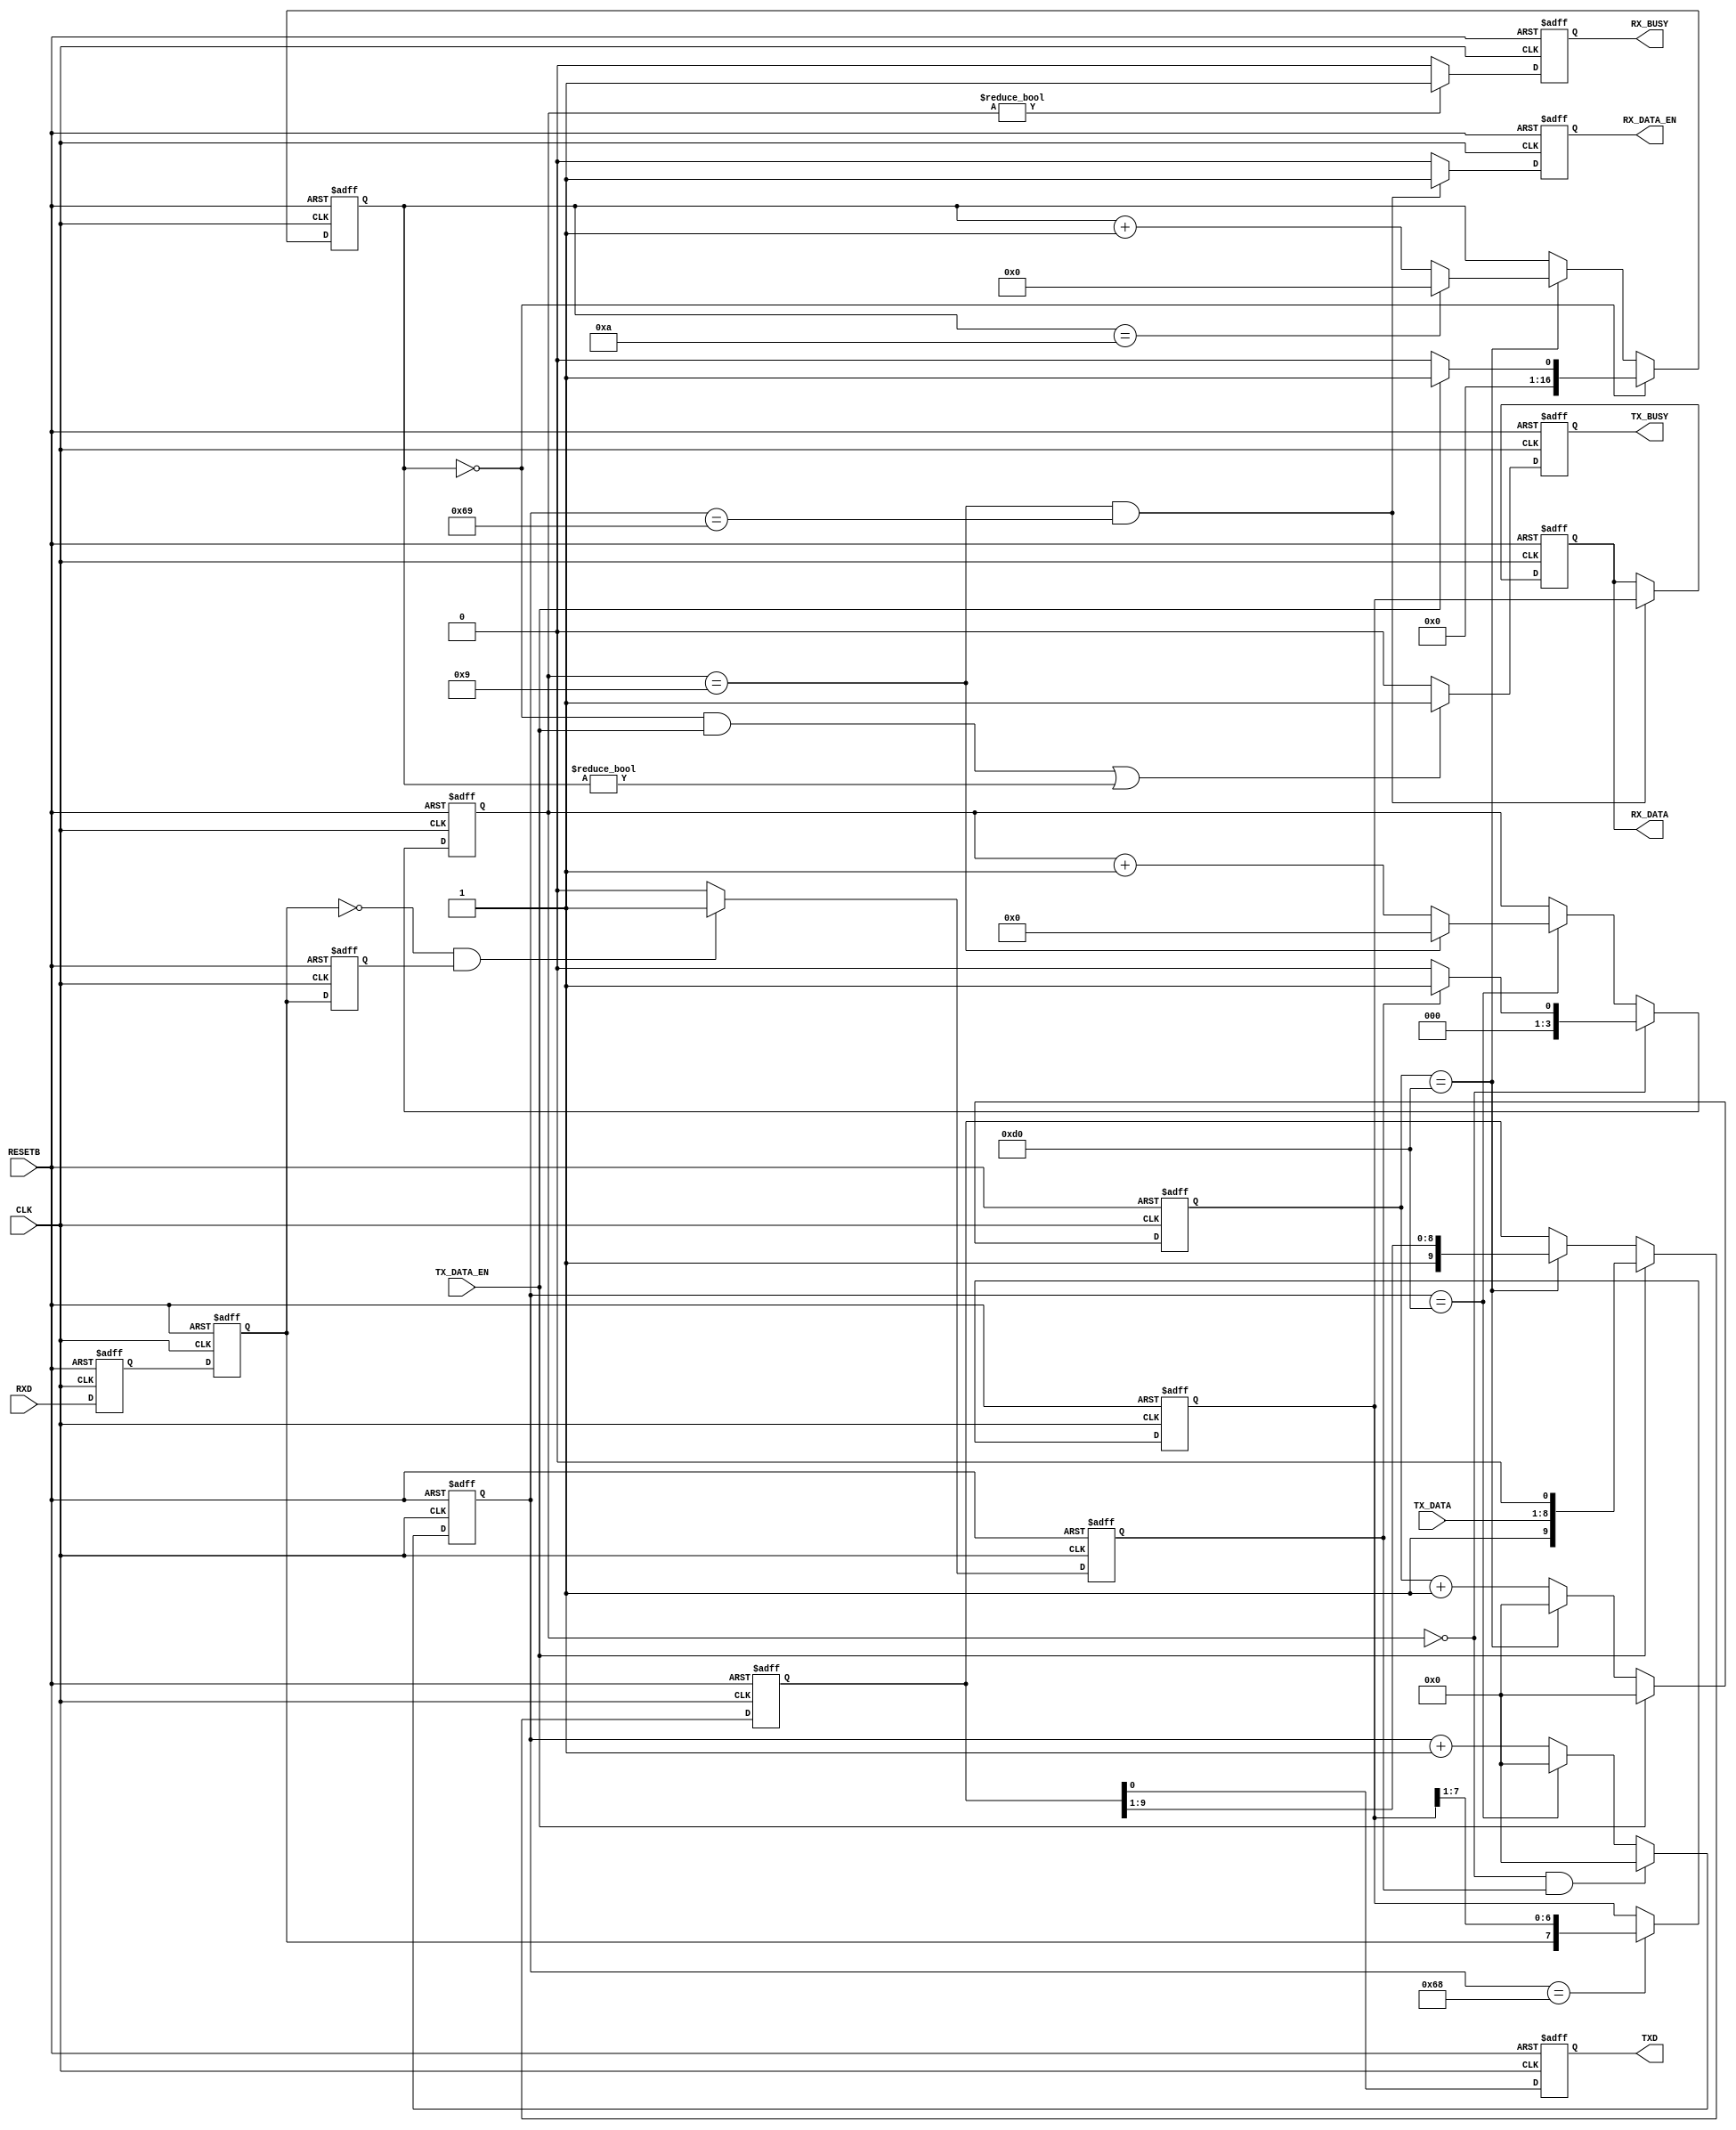
// 
// 
// http://www.hmwr-lsi.co.jp   
// fpga@hmwr-lsi.co.jp
// History
// -.-- 2010/8/27
//******************************************************************************
module rs232c_tx_rx(
	RESETB, 
	CLK, // 25MHz
	TXD,
	RXD,
	TX_DATA,
	TX_DATA_EN,
	TX_BUSY,
	RX_DATA,
	RX_DATA_EN,
	RX_BUSY);
//            PIN NAME         description        
input         RESETB;         // power on reset    
input		  CLK;				// main clk          
//                                      
output        TXD;            //serial tx data    
input         RXD;            //serial rx data
input    [7:0]TX_DATA;        //tx data 8bit
input         TX_DATA_EN;         //tx commond
output        TX_BUSY;        //tx busy
output   [7:0]RX_DATA;        //rx data 8bit
output        RX_DATA_EN;     //rx data enable
output        RX_BUSY;        //rx busy
//
        
parameter       p_bit_end_count    =12'd208; // 115.2Kbps clk=24MHz
//parameter       p_bit_end_count    =12'd124; // 115.2Kbps clk=14.328MHz
//parameter       p_bit_end_count    =12'd216; // 115.2Kbps clk=25.0MHz
   
reg        TXD;         //serial tx data   
reg        TX_BUSY;        //tx busy
reg   [7:0]RX_DATA;        //rx data 8bit
reg        RX_DATA_EN;     //rx data enable 
reg        RX_BUSY;        //Rx busy
//
   reg  [11:0]   tx_time_cnt;  //1bit clks counter
   reg  [11:0]   rx_time_cnt;  //1bit clks counter
//
   reg           rxd_d1;
   reg           rxd_d2;
   reg           rxd_d3;
   reg           rxd_chg;
   reg [3:0]     rx_data_cnt;
   reg [16:0]     tx_data_cnt;
   reg [9:0]    txd_tmp;
   reg [7:0]     rx_data_tmp;
   
//
//  
//
//1bit   
always @(posedge CLK or negedge RESETB) begin
  if (RESETB==1'b0)
     tx_time_cnt <= 12'd0;
  else
    if (TX_DATA_EN==1'b1)
      tx_time_cnt <= 12'd0;
    else if (tx_time_cnt == p_bit_end_count )
      tx_time_cnt <= 12'd0;
    else
      tx_time_cnt <=  tx_time_cnt +12'd1;
end   
//
//      
//  bit
always @(posedge CLK or negedge RESETB) begin
  if (RESETB==1'b0)
     tx_data_cnt <= 17'd0 ;
  else
    if(tx_data_cnt == 17'd0) 
      if (TX_DATA_EN==1'b1)
        tx_data_cnt <= 17'd1 ;
      else
        tx_data_cnt <= 17'd0 ;
    else if (tx_time_cnt == p_bit_end_count )
      if (tx_data_cnt == (17'd10) )
        tx_data_cnt <= 17'd0 ;
      else  
        tx_data_cnt <=   tx_data_cnt + 17'd1;
    else
       tx_data_cnt <=   tx_data_cnt ;
end     
//
// 
// 
always @(posedge CLK or negedge RESETB) begin
  if (RESETB==1'b0)
    txd_tmp <= 10'h3ff;
  else
    if (TX_DATA_EN==1'b1)
      txd_tmp <= {1'b1,TX_DATA,1'b0};       
    else if (tx_time_cnt == p_bit_end_count )     
      txd_tmp <= {1'b1,txd_tmp[9:1]} ; 
    else
      txd_tmp <= txd_tmp ;
end          

//
// 
//     
always @(posedge CLK or negedge RESETB) begin
  if (RESETB==1'b0)
    TXD <= 1'b1 ;
  else
    TXD <= txd_tmp[0];
end

//
// 
//    
always @(posedge CLK or negedge RESETB) begin
  if (RESETB==1'b0)
    TX_BUSY <= 1'b0 ;
  else
    if (((tx_data_cnt == 4'd0)&&(TX_DATA_EN==1'b1))||(tx_data_cnt != 4'd0))
      TX_BUSY <= 1'b1 ;
    else
      TX_BUSY <= 1'b0 ;
end

//    
//
//
   
//1bit   
always @(posedge CLK or negedge RESETB) begin
  if (RESETB==1'b0)
     rx_time_cnt <= 12'd0;
  else
    if ((rx_data_cnt == 4'd0)&&(rxd_chg==1'b1))
      rx_time_cnt <= 12'd0;
    else if (rx_time_cnt == p_bit_end_count )
      rx_time_cnt <= 12'd0;
    else
      rx_time_cnt <=  rx_time_cnt +12'd1;
end         
      
//
//  bit
always @(posedge CLK or negedge RESETB) begin
  if (RESETB==1'b0)
     rx_data_cnt <= 4'd0 ;
  else
    if (rx_data_cnt == 4'd0)
      if (rxd_chg==1'b1)
        rx_data_cnt <= 4'd1 ;
      else
        rx_data_cnt <= 4'd0 ;
    else if (rx_time_cnt == p_bit_end_count )
      if (rx_data_cnt == (4'd9))
        rx_data_cnt <= 4'd0 ;
      else  
        rx_data_cnt <=   rx_data_cnt + 4'd1;
    else
       rx_data_cnt <=   rx_data_cnt ;
end     

//
always @(posedge CLK or negedge RESETB) begin
  if (RESETB==1'b0)
    begin
      rxd_d1 <= 1'b1 ;
      rxd_d2 <= 1'b1 ;
      rxd_d3 <= 1'b1 ;
      rxd_chg <= 1'b0 ;
    end
  else
    begin
      rxd_d1 <= RXD ;
      rxd_d2 <= rxd_d1 ;
      rxd_d3 <= rxd_d2 ;
      if ((rxd_d2==1'b0)&&(rxd_d3==1'b1))
        rxd_chg <=1'b1 ;
      else
        rxd_chg <= 1'b0;
    end
end

//   
always @(posedge CLK or negedge RESETB) begin
  if (RESETB==1'b0)
     rx_data_tmp <= 8'd0 ;
  else
    if (rx_time_cnt == {1'b0,p_bit_end_count [11:1]})
      //rx_data_tmp <= {rxd_d2,rx_data_tmp[7:1]};
      rx_data_tmp <= {rxd_d2,rx_data_tmp[7:1]};
    else
      rx_data_tmp <= rx_data_tmp;
end

//     
always @(posedge CLK or negedge RESETB) begin
  if (RESETB==1'b0)
    begin
      RX_DATA <= 8'd0 ;
      RX_DATA_EN <= 1'b0; 
    end
  else
    if ((rx_data_cnt == 17'd9)&&(rx_time_cnt == {1'b0,p_bit_end_count [11:1]}+12'd1))
      begin
        RX_DATA <= rx_data_tmp ;
        RX_DATA_EN <= 1'b1 ;
      end
    else
      begin
        RX_DATA <= RX_DATA ;
        RX_DATA_EN <= 1'b0 ;
      end
end

//
// 
//    
always @(posedge CLK or negedge RESETB) begin
  if (RESETB==1'b0)
    RX_BUSY <= 1'b0 ;
  else
    if (rx_data_cnt != 4'd0)
      RX_BUSY <= 1'b1 ;
    else
      RX_BUSY <= 1'b0 ;
end
       
endmodule